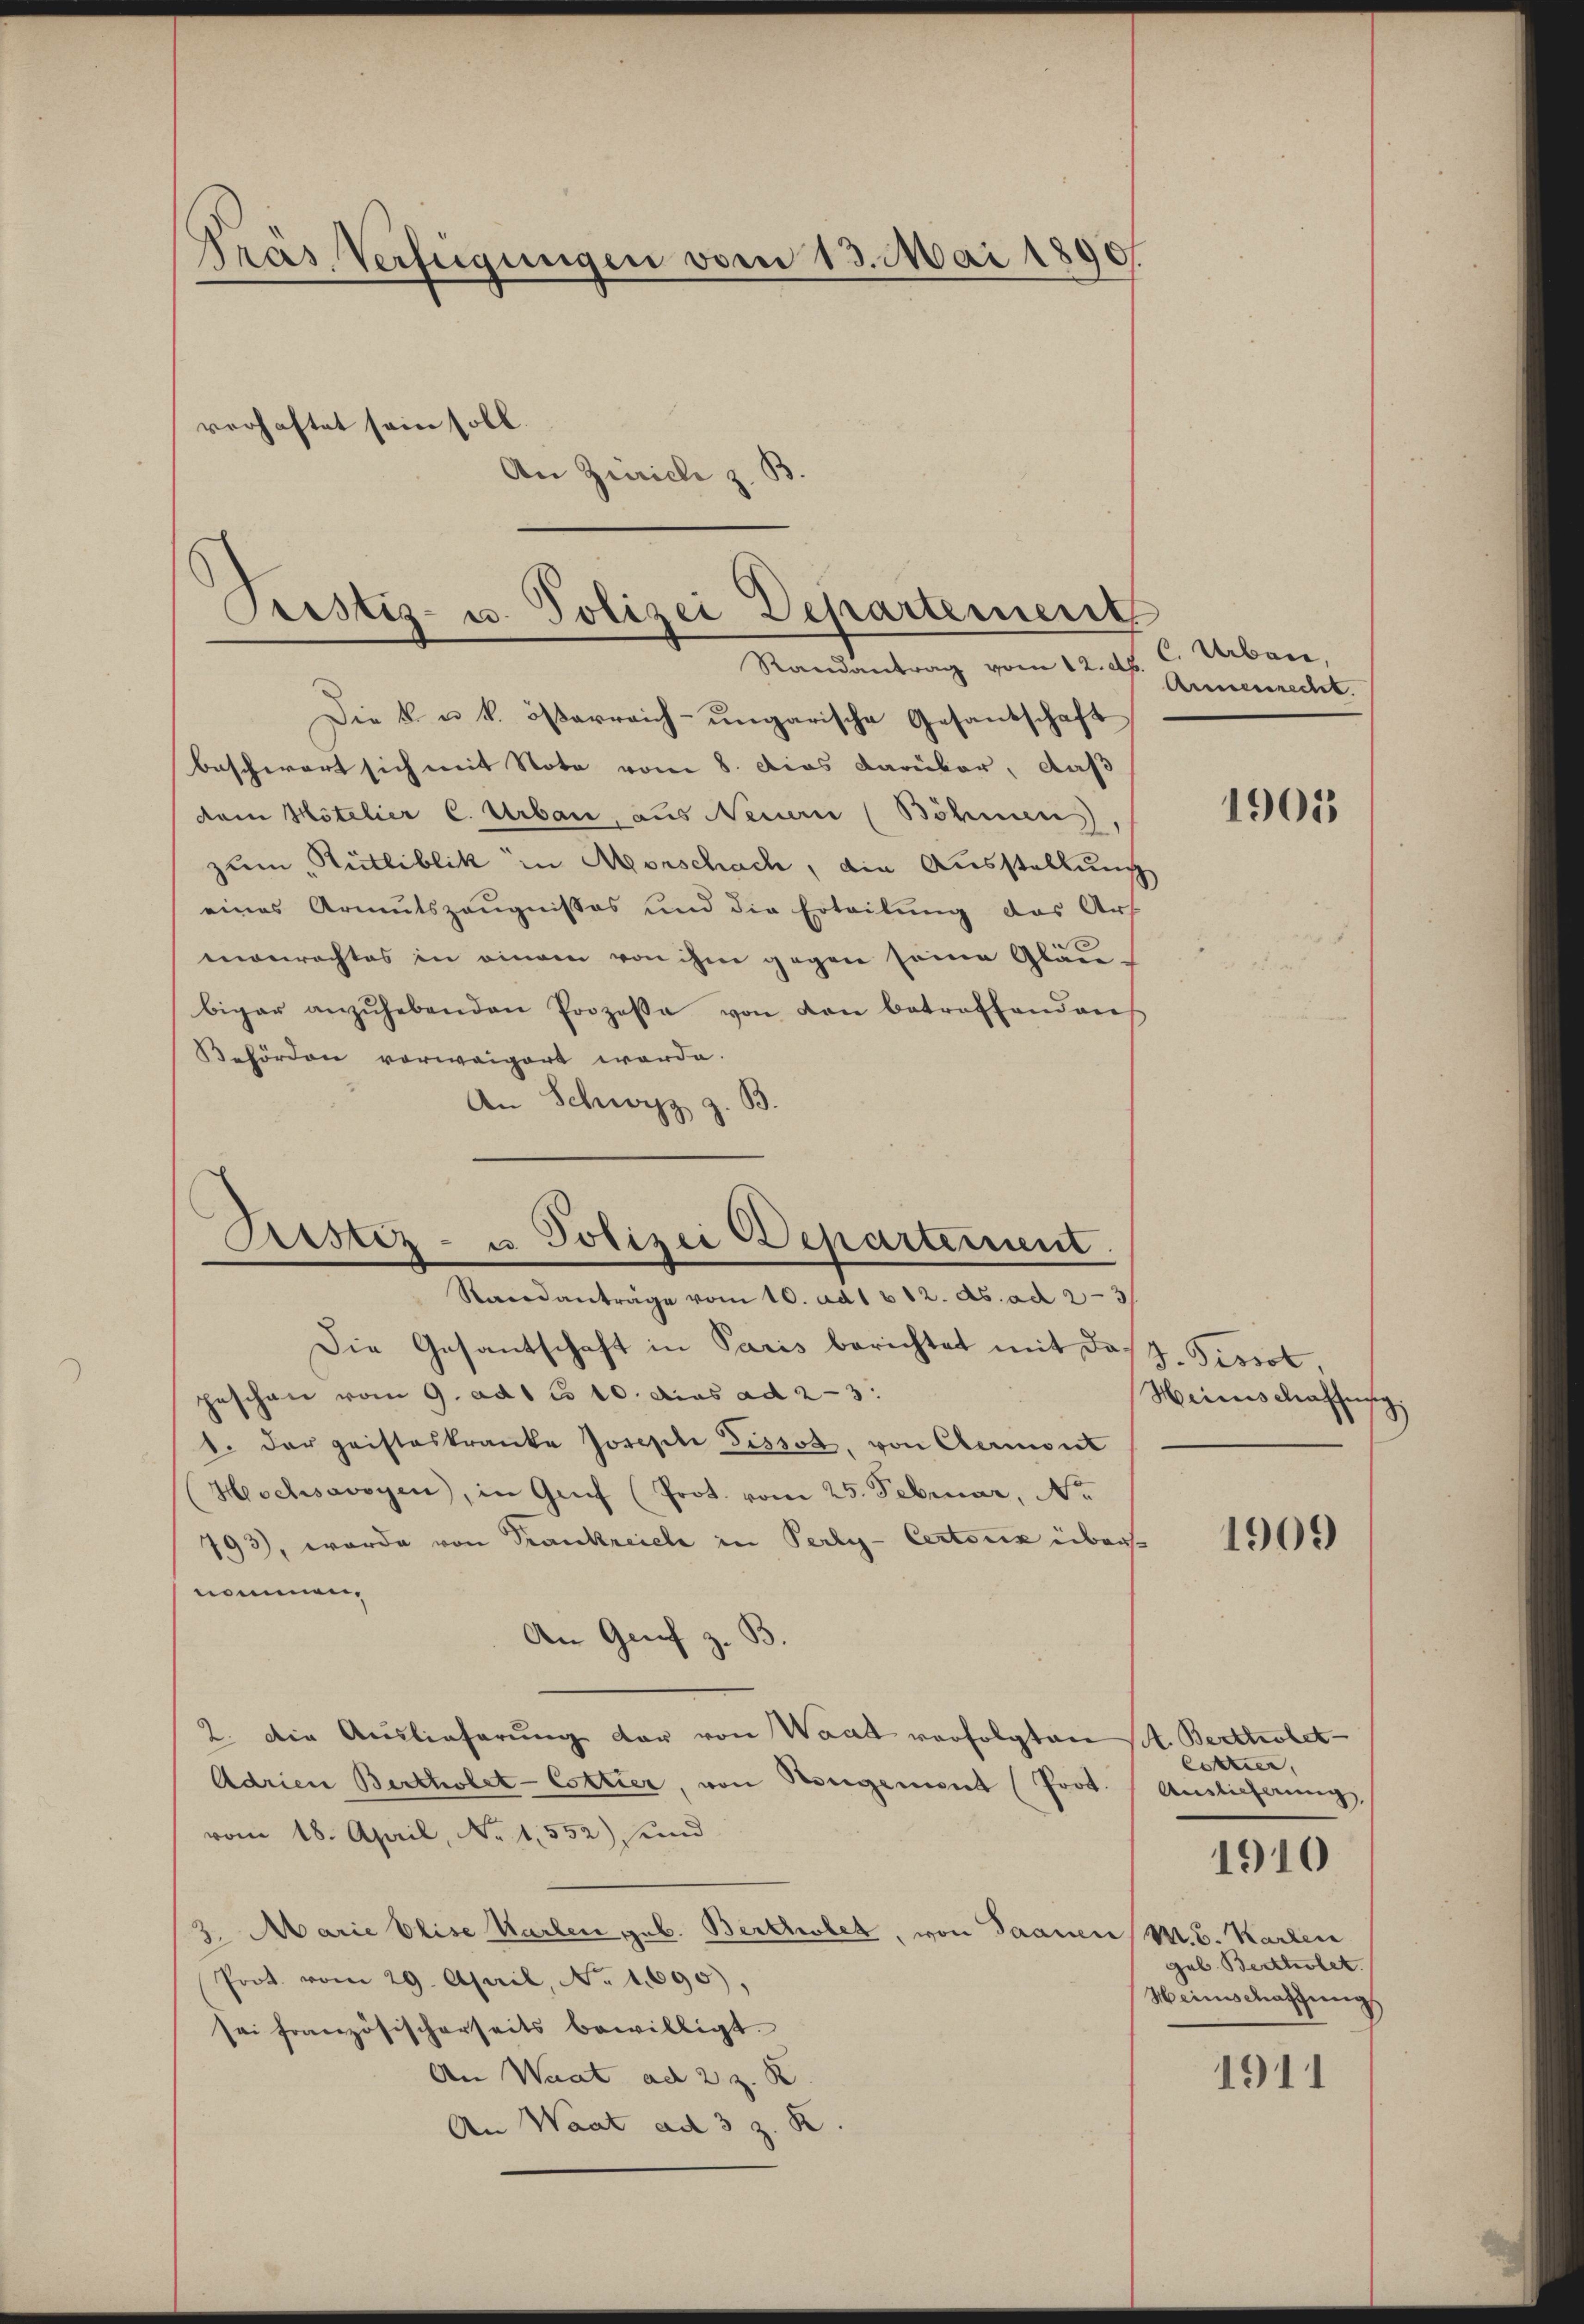
Pras Verfügungen vom 13. Mai 1890
verhaftet sein soll.
An Zürich z. B

Prustiz- u. Polizei Departement
Randantrag vom 12. d. C. Arbei,

Ristiz- u. Polizei Departernent

Die k. u. k. österreich-ungarische Gesandschaft
beschwert sich mit Note vom 8. Das Darüber, daß
dem Hotelier C. Urbau, aus Neuern (Böhmen,
zum „Rütliblik in Morschach, die Ausstellung
eines Armutszeugnisses und die Erteilung das Art
manrechtes in einem von ihm gegen seine Gläubiger anzŭhebenden Prozesse von den betreffendens
Behörden vorweigert werde.
An Schwyz z. B.

Anesrecht

Standanträge vom 10. ad 1 v. 12. ds. ad 2 3/
Die Gesantschaft in Paris berichtet mit das. Pissot,
geschen vom 9. ad 1 c. 10. dies ad 2-3
1. Der geisteskranke Josephi Tissot, von Aermont
(Hochsavoyen, in Genf (Prot. vom 25. Februar, No
793), worde von Frankreich in Perly-Certoux übernommen.
An Genf z. S
2. Die Auslieferŭng der von Waat verfolgten A. Bertholet-
Adrien Bertholet-Cottier, von Rongement (Prot.
vom 18. April, No 1552) und
3. Marie Elise Karlen geb. Bertober, von Saanen M. B. Karlen
Prot. vom 29. April, No. 1690),
sei französischerseits bewilligt.
An Waat ad 2 z. B
An Waat ad 3 z. K

1905

Heines dassesig

1909

Cottier,
Auslicherung
geb. Bertholet.
Weinschaffung.

1910

1911